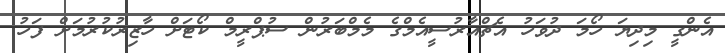
އެންގީ މިދިޔަ ހޯމަ ދުވަހު އެޗްއާރުސީއެމްގެ މެމްބަރުން ސުޕްރީމް ކޯޓަށް ހާޒިރުކުރުމަށް ފަހު